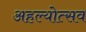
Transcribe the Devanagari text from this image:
अहल्योत्सव